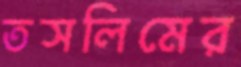
তসলিমের